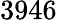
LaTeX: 3946